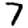
Digit: 7